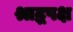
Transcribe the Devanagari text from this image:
श्राद्धपक्ष